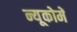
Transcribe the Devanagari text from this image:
न्यूकोमें